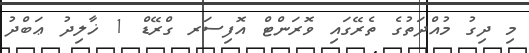
މި ދިގު މުއްދަތުގެ ތެރޭގައި ވޮރަންޓް އޮފިސަރ ގްރޭޑް 1 ޚާލިދު ޢަބްދު